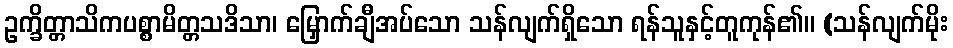
ဥက္ခိတ္တာသိကပစ္စာမိတ္တသဒိသာ၊ မြှောက်ချီအပ်သော သန်လျက်ရှိသော ရန်သူနှင့်တူကုန်၏။ (သန်လျက်မိုး